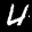
Label: 4